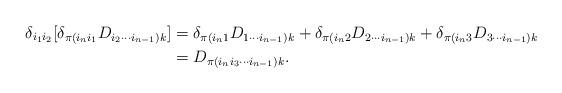
LaTeX: \begin{align*} \delta_{i_1 i_2} [\delta_{\pi(i_n i_1} D_{i_2 \cdots i_{n-1}) k}] &= \delta_{\pi(i_n 1} D_{1 \cdots i_{n-1}) k} + \delta_{\pi(i_n 2} D_{2 \cdots i_{n-1}) k} + \delta_{\pi(i_n 3} D_{3 \cdots i_{n-1}) k} \\ &= D_{\pi(i_n i_3 \cdots i_{n-1}) k}. \end{align*}